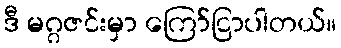
ဒီ မဂ္ဂဇင်းမှာ ကြော်ငြာပါတယ်။